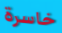
خاسرة